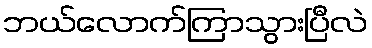
ဘယ်လောက်ကြာသွားပြီလဲ